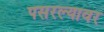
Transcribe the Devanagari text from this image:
पसरल्यावर